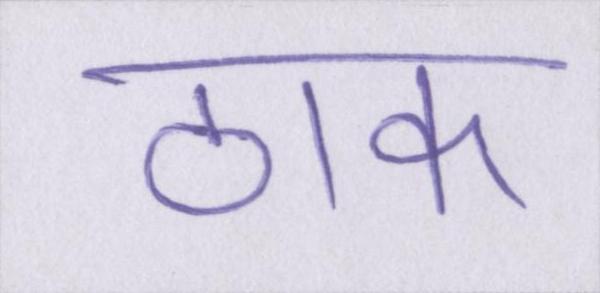
ठाक